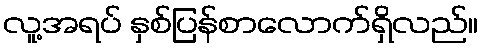
လူ့အရပ် နှစ်ပြန်စာလောက်ရှိလည်။